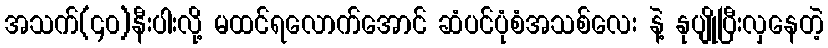
အသက်(၄၀)နီးပါးလို့ မထင်ရလောက်အောင် ဆံပင်ပုံစံအသစ်လေး နဲ့ နုပျိုပြီးလှနေတဲ့